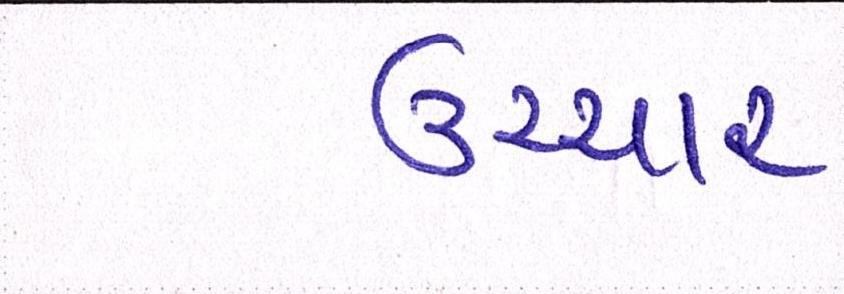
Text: ઉચ્ચાર